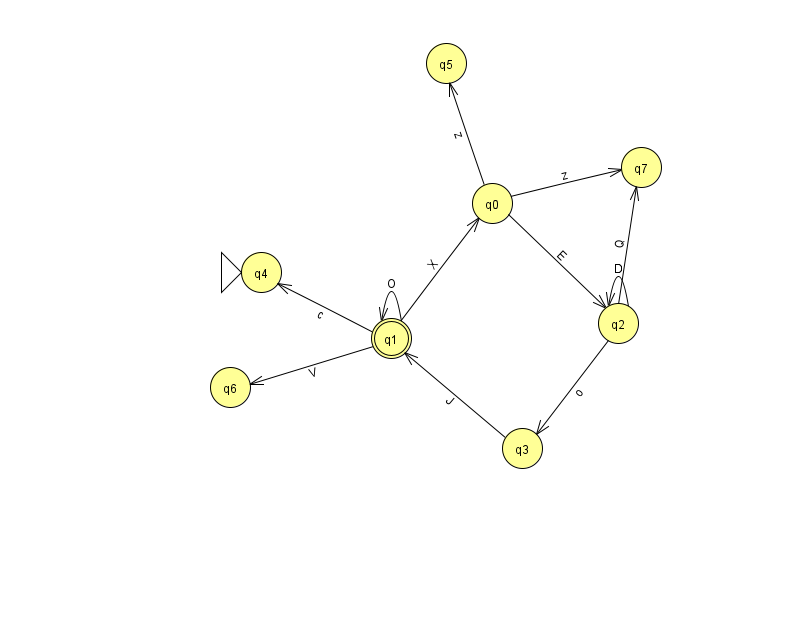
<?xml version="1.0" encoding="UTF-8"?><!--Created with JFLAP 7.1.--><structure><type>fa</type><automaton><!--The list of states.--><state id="0" name="q0"><x>492.0</x><y>190.0</y></state><state id="1" name="q1"><x>391.0</x><y>325.0</y><final/></state><state id="2" name="q2"><x>618.0</x><y>310.0</y></state><state id="3" name="q3"><x>522.0</x><y>435.0</y></state><state id="4" name="q4"><x>261.0</x><y>259.0</y><initial/></state><state id="5" name="q5"><x>446.0</x><y>50.0</y></state><state id="6" name="q6"><x>230.0</x><y>374.0</y></state><state id="7" name="q7"><x>641.0</x><y>154.0</y></state><!--The list of transitions.--><transition><from>2</from><to>7</to><read>Q</read></transition><transition><from>0</from><to>7</to><read>z</read></transition><transition><from>3</from><to>1</to><read>J</read></transition><transition><from>0</from><to>5</to><read>z</read></transition><transition><from>2</from><to>3</to><read>o</read></transition><transition><from>1</from><to>6</to><read>V</read></transition><transition><from>2</from><to>2</to><read>D</read></transition><transition><from>1</from><to>0</to><read>X</read></transition><transition><from>1</from><to>4</to><read>c</read></transition><transition><from>0</from><to>2</to><read>E</read></transition><transition><from>1</from><to>1</to><read>O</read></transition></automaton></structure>